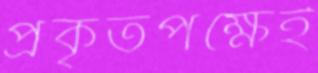
প্রকৃতপক্ষেই